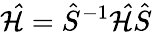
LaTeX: \mathcal{\hat{H}}=\hat{S}^{-1}\mathcal{\hat{H}}\hat{S}